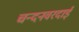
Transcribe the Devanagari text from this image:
चन्दनवरदाई